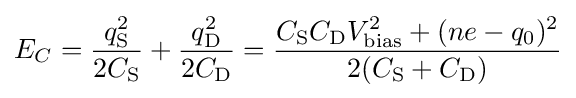
E_{C}={\frac {q_{\rm {S}}^{2}}{2C_{\rm {S}}}}+{\frac {q_{\rm {D}}^{2}}{2C_{\rm {D}}}}={\frac {C_{\rm {S}}C_{\rm {D}}V_{\rm {bias}}^{2}+(ne-q_{0})^{2}}{2(C_{\rm {S}}+C_{\rm {D}})}}